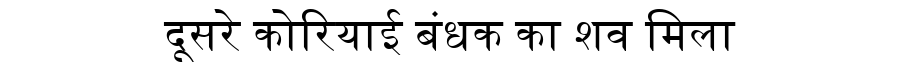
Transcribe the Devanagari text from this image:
दूसरे कोरियाई बंधक का शव मिला